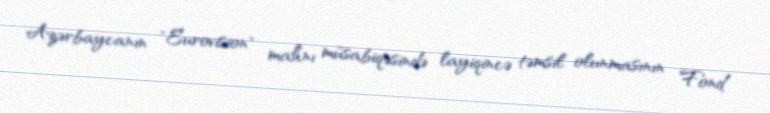
Azərbaycanın "Eurovision" mahnı müsabiqəsində layiqincə təmsil olunmasının Fond